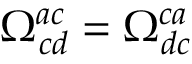
\Omega _ { c d } ^ { a c } = \Omega _ { d c } ^ { c a }